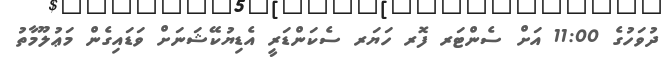
ދުވަހުގެ 11:00 އަށް ސެންޓަރ ފޮރ ހަޔަރ ސެކަންޑަރީ އެޑިޔުކޭޝަނަށް ވަޑައިގެން މަޢުލޫމާތު